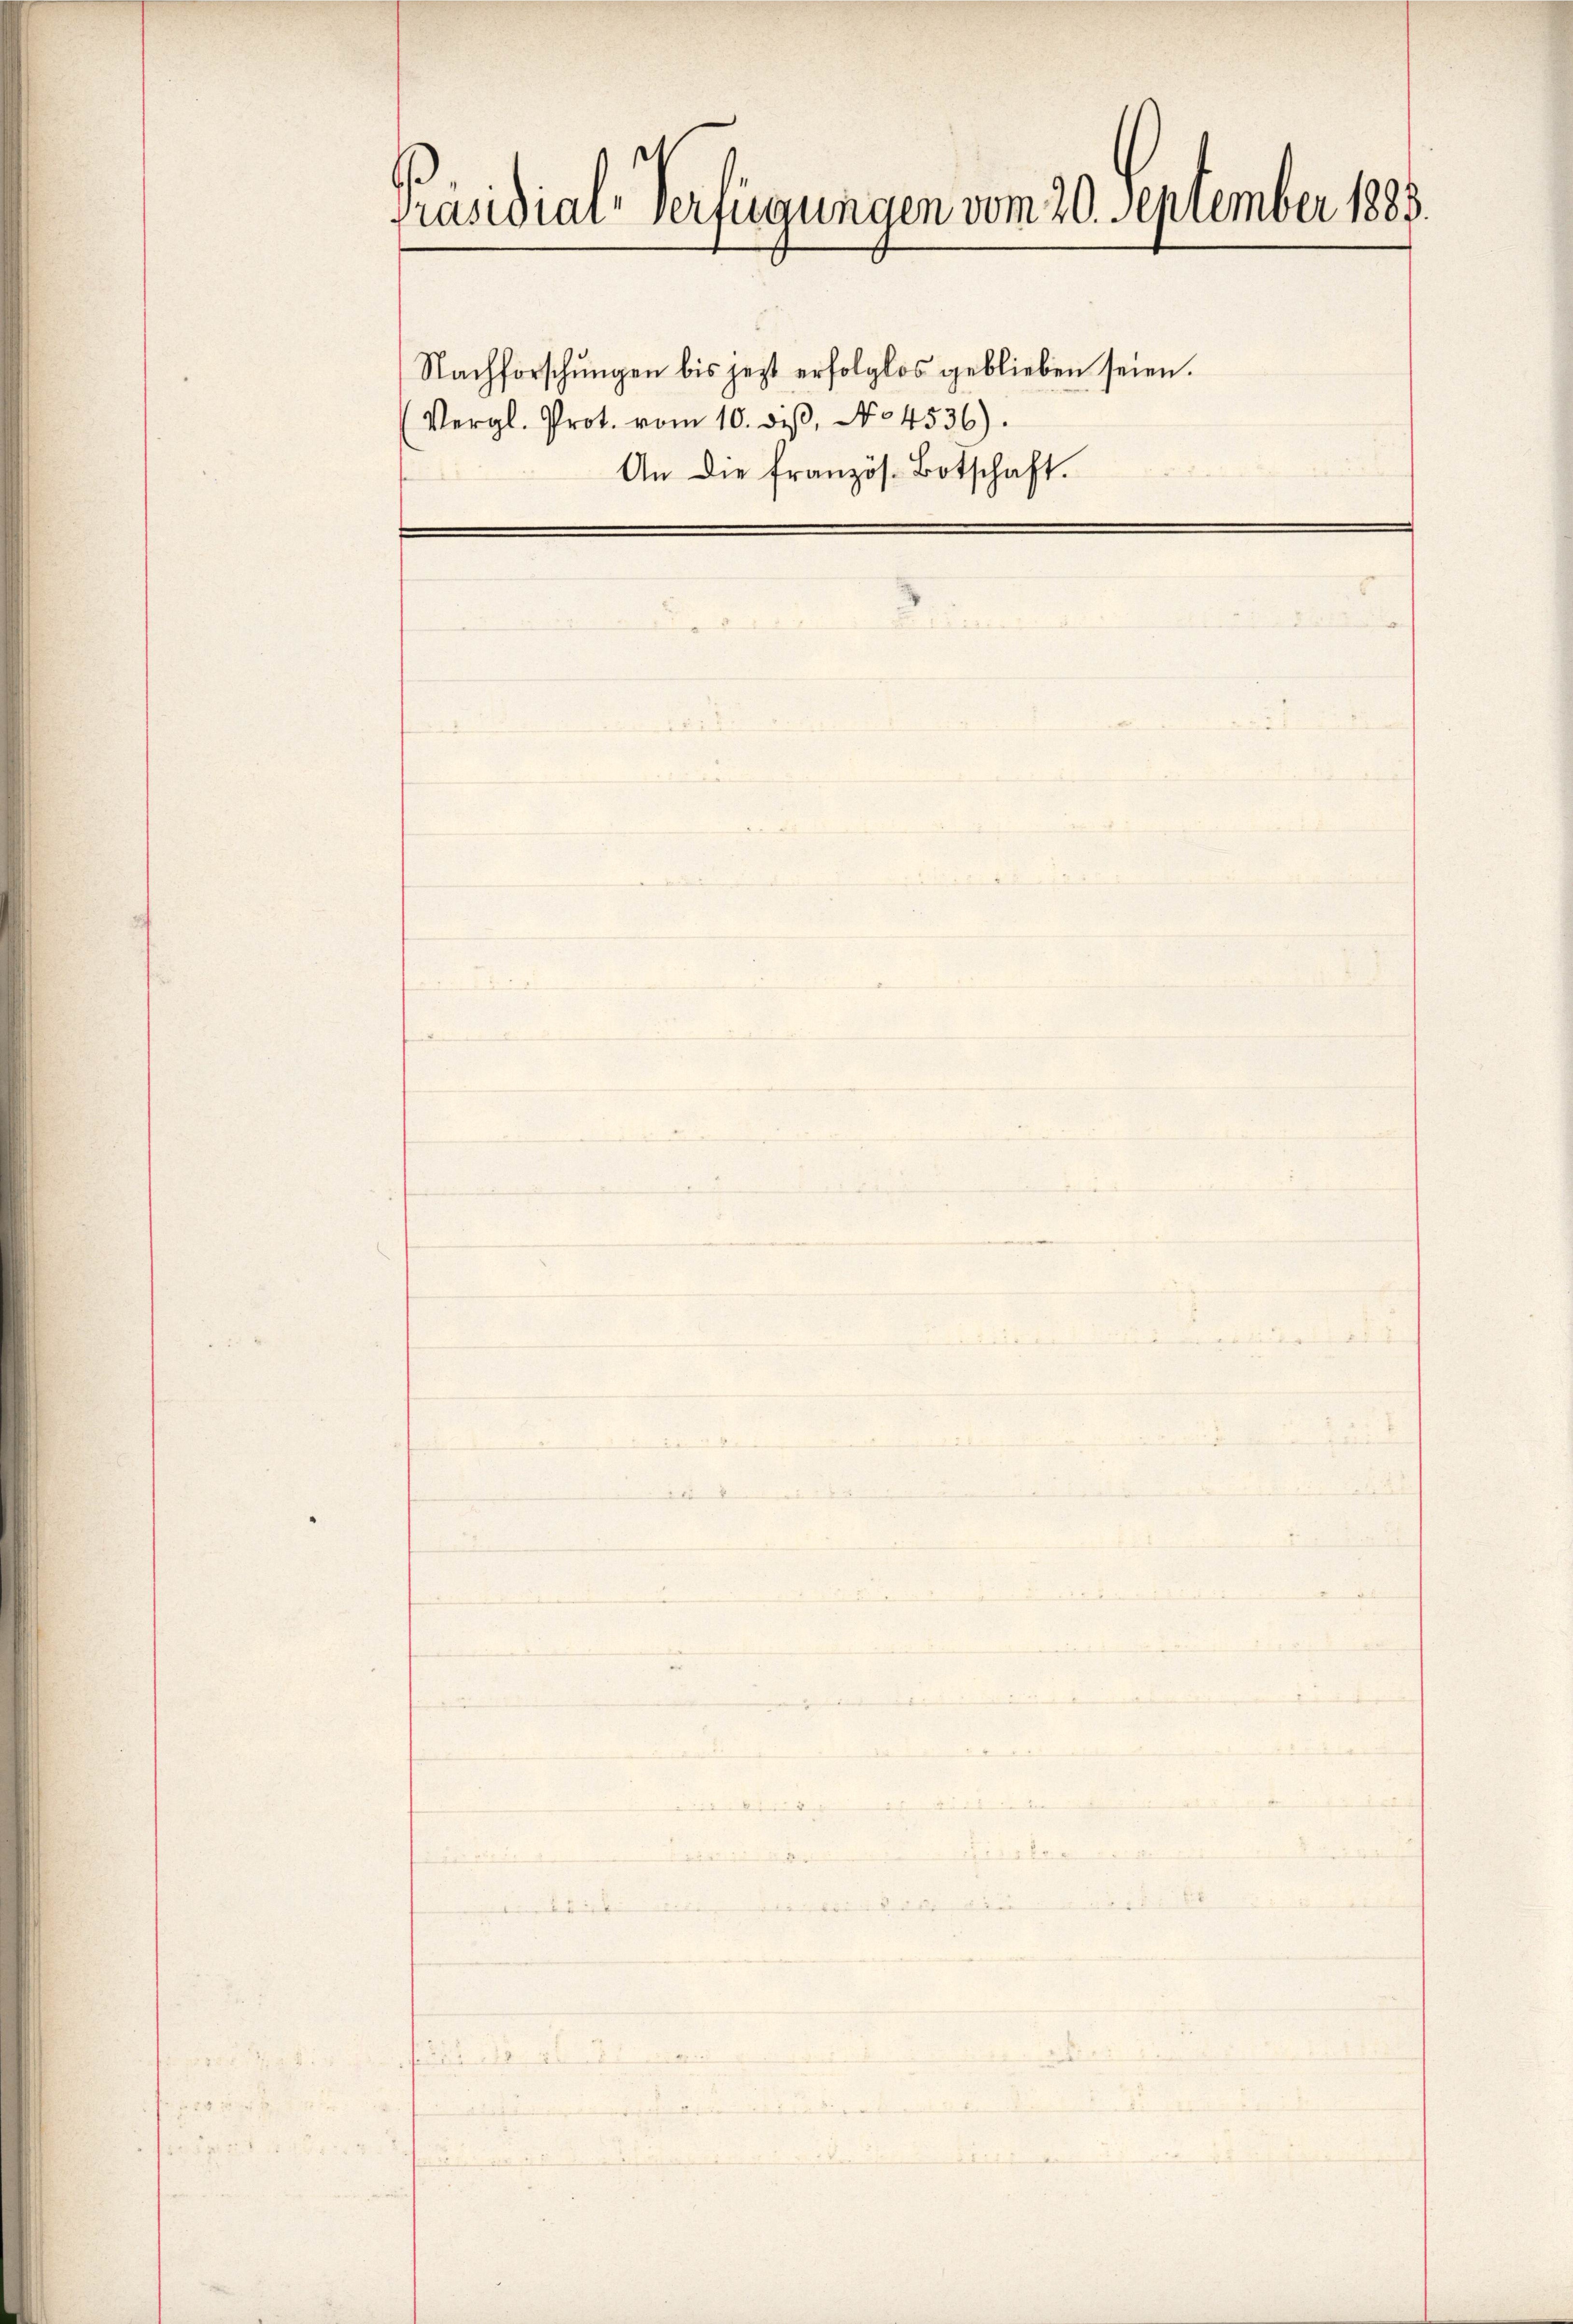
Präsidial-Verfügungen vom 20. September 1883.
Nachforschungen bis jezt erfolglos geblieben seien.
Vergl. Prot. vom 10. diβ, No 4536).
An die französ. Botschaft.